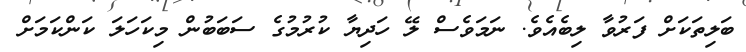
ބަލިތަކަށް ފަރުވާ ލިބެއެވެ. ނަމަވެސް ލޭ ހަދިޔާ ކުރުމުގެ ސަބަބުން މިކަހަލަ ކަންކަމަށް